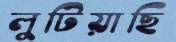
লুটিয়াছি